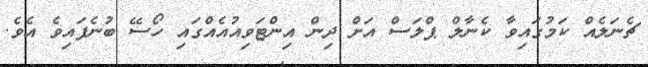
ޗެނަލެއް ކަމުގައިވާ ކެނާލް ޕްލަސް އަށް ދިން އިންޓަވިއުއެއްގައި ހޯސޭ ބުނެފައިވެ އެވެ.